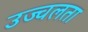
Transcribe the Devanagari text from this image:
उज्वलता